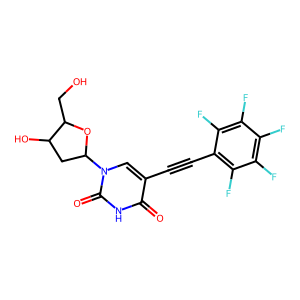
SMILES: O=c1[nH]c(=O)n(C2CC(O)C(CO)O2)cc1C#Cc1c(F)c(F)c(F)c(F)c1F
Inhibits HIV replication: No